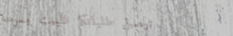
توصيل طلباتكم للبيت بسرعة